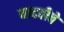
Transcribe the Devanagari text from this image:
यादवीचे